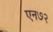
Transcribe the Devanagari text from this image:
एन७२